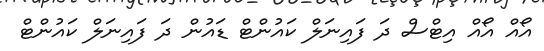
އޯއް އޯއް އިޓްސް ދަ ފައިނަލް ކައުންޓް ޑައުން ދަ ފައިނަލް ކައުންޓް